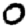
Digit: 0